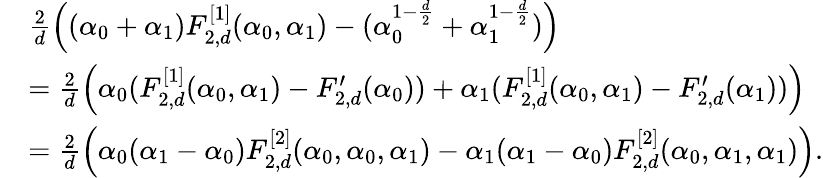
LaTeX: \begin{array}{rl}&{\frac{2}{d}\Big((\alpha_{0}+\alpha_{1})F_{2,d}^{[1]}(\alpha_{0},\alpha_{1})-(\alpha_{0}^{1-\frac{d}{2}}+\alpha_{1}^{1-\frac{d}{2}})\Big)}\\ &{=\frac{2}{d}\Big(\alpha_{0}(F_{2,d}^{[1]}(\alpha_{0},\alpha_{1})-F_{2,d}^{\prime}(\alpha_{0}))+\alpha_{1}(F_{2,d}^{[1]}(\alpha_{0},\alpha_{1})-F_{2,d}^{\prime}(\alpha_{1}))\Big)}\\ &{=\frac 2d\Big(\alpha_{0}(\alpha_{1}-\alpha_{0})F_{2,d}^{[2]}(\alpha_{0},\alpha_{0},\alpha_{1})-\alpha_{1}(\alpha_{1}-\alpha_{0})F_{2,d}^{[2]}(\alpha_{0},\alpha_{1},\alpha_{1})\Big).}\end{array}